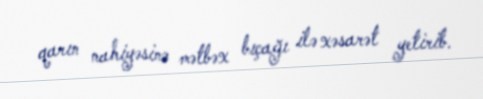
qarın nahiyəsinə mətbəx bıçağı ilə xəsarət yetirib.